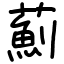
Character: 薊